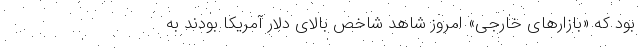
بود که «بازارهای خارجی» امروز شاهد شاخص بالای دلار آمریکا بودند به